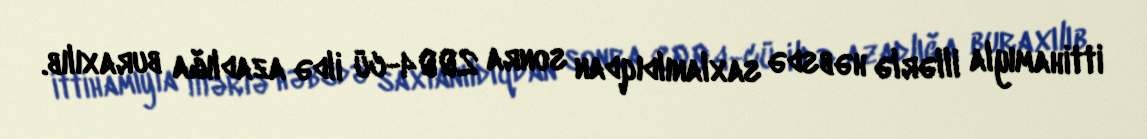
ittihamıyla illərlə həbsdə saxlanıldıqdan sonra 2004-cü ildə azadlığa buraxılıb.